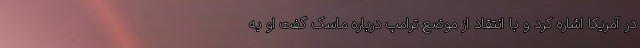
در آمریکا اشاره کرد و با انتقاد از موضع ترامپ درباره ماسک گفت او به